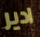
ادير